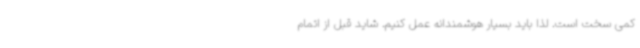
کمی سخت است. لذا باید بسیار هوشمندانه عمل کنیم. شاید قبل از اتمام